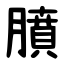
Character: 膹